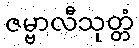
ဇမ္ဗာလီသုတ္တံ